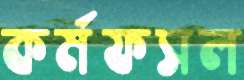
কর্মফসল